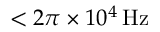
< 2 \pi \times 1 0 ^ { 4 } \, \mathrm { H z }